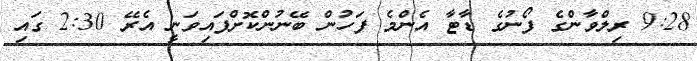
9:28 ރިލްވާންގެ ފޯނުގެ ޑާޓާ އެންމެ ފަހުން ބޭނުންކޮށްފައިވަނީީ އެރޭ 2:30 ގައި